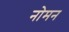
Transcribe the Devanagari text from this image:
नोमन